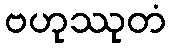
ဗဟုဿုတံ